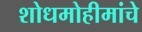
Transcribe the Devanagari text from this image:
शोधमोहीमांचे